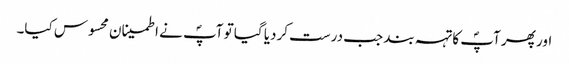
اور پھر آپؐ کا تہہ بند جب درست کردیا گیا تو آپؐ نے اطمینان محسوس کیا۔